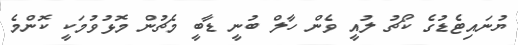
ޔުނައިޓެޑުގެ ކޯޗު ލުއީ ވެން ހާލް ބުނީ ޑާބީ މެޗުން މޮޅުވުމަކީ ކޮންމެ